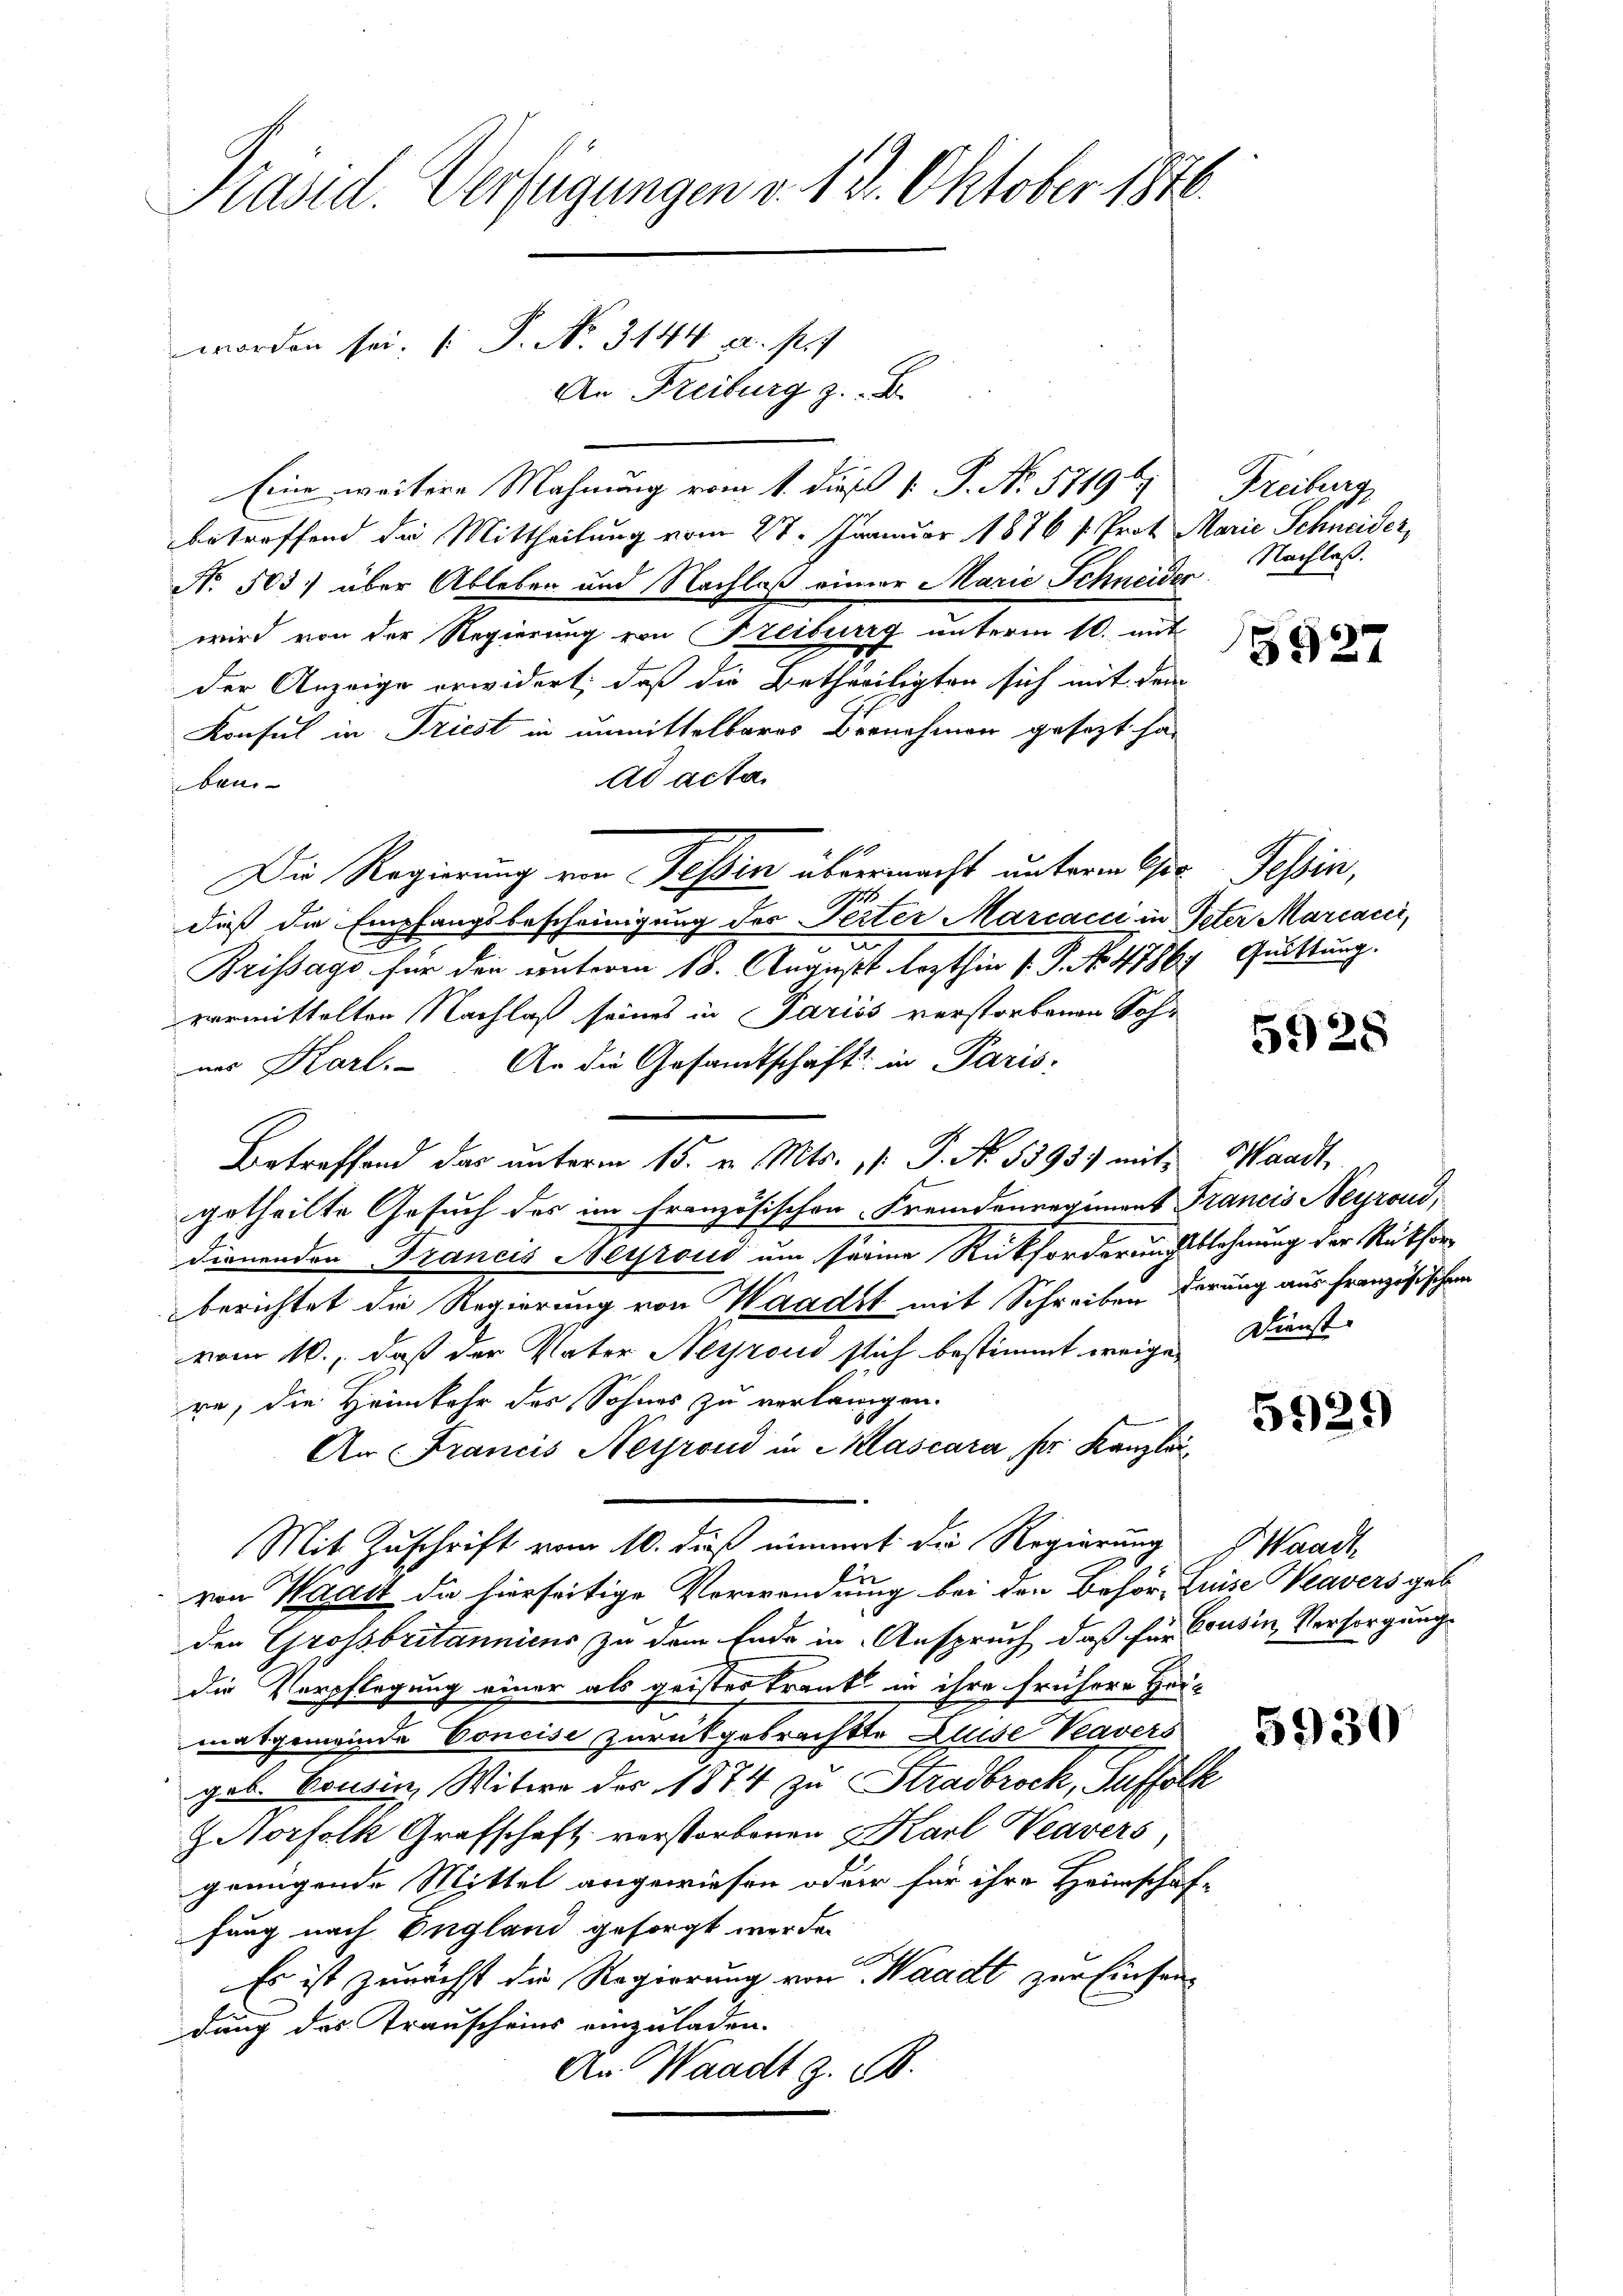
Präsid. Verfügungen v. 19. Oktober 1846.
worden sei. (: P. No. 3144 a. p. 7
An Freiburg z. B.

Eine weitere Mahnung vom 1. dieß. 1. P. No. 57196. Freiburg
betreffend die Mittheilung vom 27. Januar 1876 v. Prof. Marie Schneider,
No. 503) über Ableben und Nachlaß einer Marie Schneider
wird von der Regierung von Freiburg unterm 10. mit
der Anzeige erwidert, daß die Betheiligten sich mit dem
Konsul in Triest in unmittelbares Bernehmen gesezt ha
Ad acta.
ben
.
daß die Empfangsbescheinigung des Seiter Marcacci in Peter Marcacci,
a
Brissago für den unterm 18. August lezthin s. S. No 476. Quittung.
vormittelten Nachlaß seines in Pariss verstorbenen Sohn
ner Karl. An die Gesandtschaft in Paris;
Betreffend das unterm 15. v. Mts. 1. P. Nr. 5393.) mit Waadt
getheilte Gesuch des im französischen Fremdenregiment Francis Neyrond,
dienenden Francis Neyroud um seine Rückforderungsblehnung der Rückforberichtet die Regierung von Waadt mit Schreiben herung aus französischen
vom 16., daß der Vater Neyroud sich bestimmt weige Dienst-
re, die Heimkehr des Sohnes zu verlangen.
An Francis Neyrond in Clascara ser Kanzlei¬
Mit Zuschrift vom 10. dieß einmal die Regierung Waadt
u
von Waadt die hierseitige Verwendung bei den Behör, Luise Weavers geb.
den Grossbritannicus zu dem Ende in Anspruch, daß für Cousin, Versorgung
die Verpflegung einer als geister krank in ihre frühere Hei
matgemeinde Concisi zurückgebrachte Luise Veavers
gob. Bousin, Witwe der 1874 zu Stradbrock, Suffolk
Z Norfolk Grafschaft verstorbenen Karl Veavers
genügende Mittel angewiesen oder für ihre Heimschaf-
fang nach England gesorgt werde.
A
Es ist zunächst die Regierung von Waadt zur Einsendung des Trauscheins einzuladen.
An Waadt z. B.

Die Regierung von Tessin übermacht unterm 10. Tessin,

Nachlaß.

5927

5925

5929)

5930